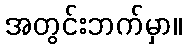
အတွင်းဘက်မှာ။